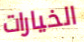
الخيارات